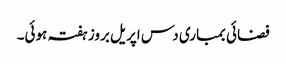
فضائی بمباری دس اپریل بروز ہفتہ ہوئی۔